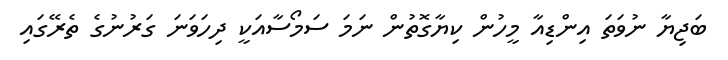
ބަޖިޔާ ނުވަތަ އިންޑިއާ މީހުން ކިޔާގޮތުން ނަމަ ސަމޯސާއަކީ ދިހަވަނަ ގަރުނުގެ ތެރޭގައި